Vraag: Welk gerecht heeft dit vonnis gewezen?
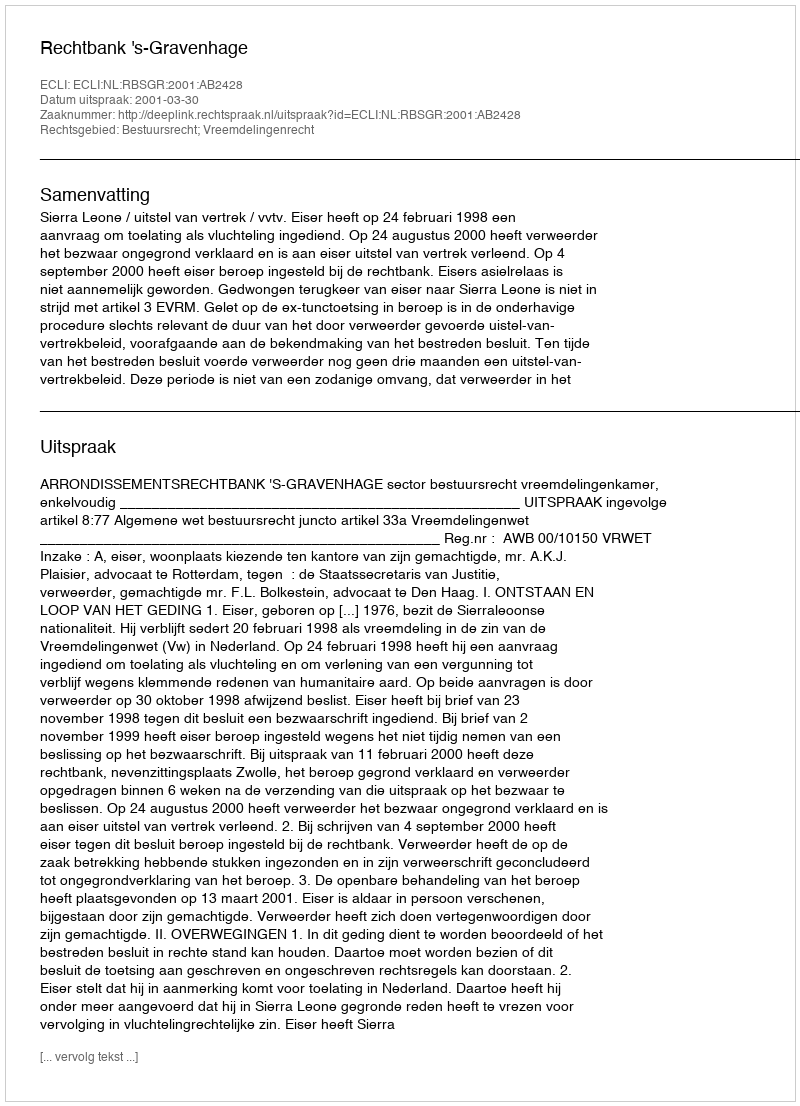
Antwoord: Rechtbank 's-Gravenhage